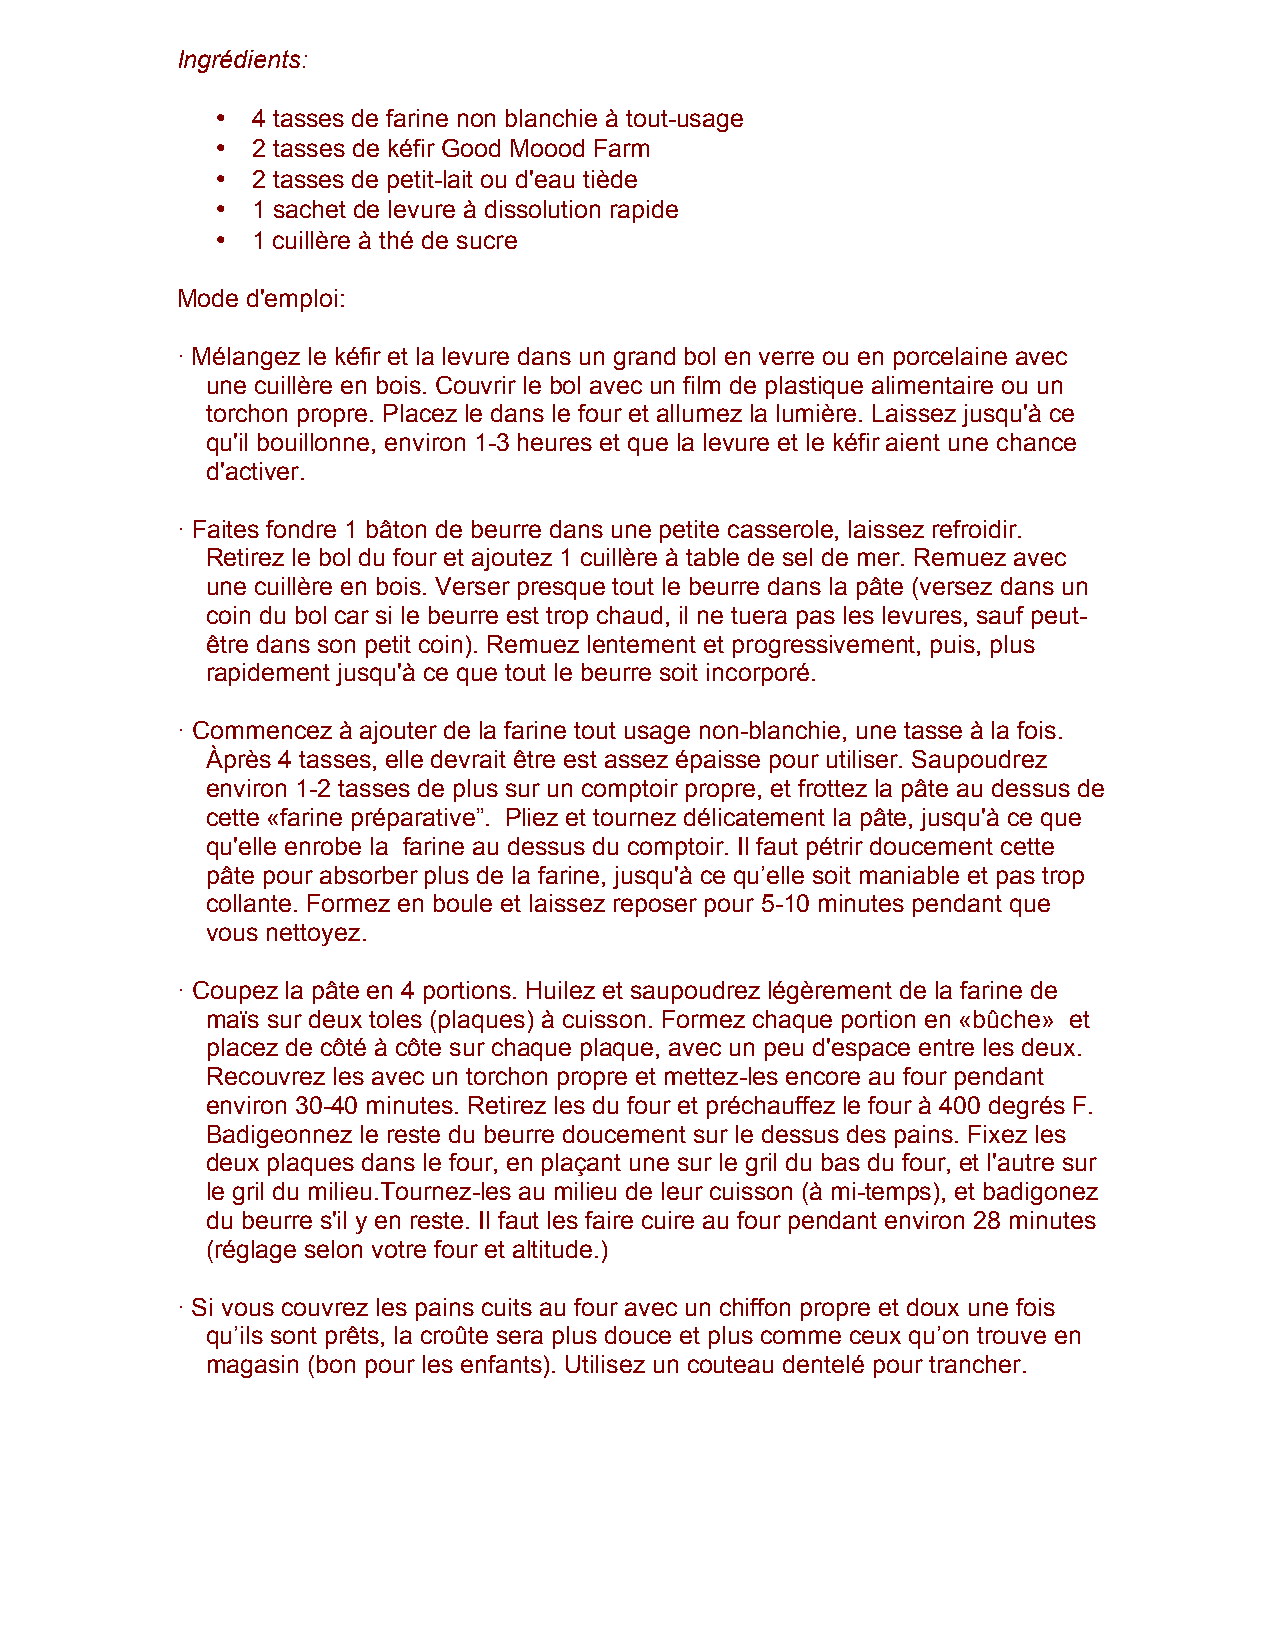
Ingrédients:
 •  4 tasses de farine non blanchie à tout-usage
 •  2 tasses de kéfir Good Moood Farm
 •  2 tasses de petit-lait ou d'eau tiède
 •  1 sachet de levure à dissolution rapide
 •  1 cuillère à thé de sucre
 Mode d'emploi:
 · Mélangez le kéfir et la levure dans un grand bol en verre ou en porcelaine avec
 une cuillère en bois. Couvrir le bol avec un film de plastique alimentaire ou un
 torchon propre. Placez le dans le four et allumez la lumière. Laissez jusqu'à ce
 qu'il bouillonne, environ 1-3 heures et que la levure et le kéfir aient une chance
 d'activer.
 · Faites fondre 1 bâton de beurre dans une petite casserole, laissez refroidir.
 Retirez le bol du four et ajoutez 1 cuillère à table de sel de mer. Remuez avec
 une cuillère en bois. Verser presque tout le beurre dans la pâte (versez dans un
 coin du bol car si le beurre est trop chaud, il ne tuera pas les levures, sauf peut-
 être dans son petit coin). Remuez lentement et progressivement, puis, plus
 rapidement jusqu'à ce que tout le beurre soit incorporé.
 · Commencez à ajouter de la farine tout usage non-blanchie, une tasse à la fois.
 Àprès 4 tasses, elle devrait être est assez épaisse pour utiliser. Saupoudrez
 environ 1-2 tasses de plus sur un comptoir propre, et frottez la pâte au dessus de
 cette «farine préparative”. Pliez et tournez délicatement la pâte, jusqu'à ce que
 qu'elle enrobe la farine au dessus du comptoir. Il faut pétrir doucement cette
 pâte pour absorber plus de la farine, jusqu'à ce qu’elle soit maniable et pas trop
 collante. Formez en boule et laissez reposer pour 5-10 minutes pendant que
 vous nettoyez.
 · Coupez la pâte en 4 portions. Huilez et saupoudrez légèrement de la farine de
 maïs sur deux toles (plaques) à cuisson. Formez chaque portion en «bûche» et
 placez de côté à côte sur chaque plaque, avec un peu d'espace entre les deux.
 Recouvrez les avec un torchon propre et mettez-les encore au four pendant
 environ 30-40 minutes. Retirez les du four et préchauffez le four à 400 degrés F.
 Badigeonnez le reste du beurre doucement sur le dessus des pains. Fixez les
 deux plaques dans le four, en plaçant une sur le gril du bas du four, et l'autre sur
 le gril du milieu.Tournez-les au milieu de leur cuisson (à mi-temps), et badigonez
 du beurre s'il y en reste. Il faut les faire cuire au four pendant environ 28 minutes
 (réglage selon votre four et altitude.)
 · Si vous couvrez les pains cuits au four avec un chiffon propre et doux une fois
 qu’ils sont prêts, la croûte sera plus douce et plus comme ceux qu’on trouve en
 magasin (bon pour les enfants). Utilisez un couteau dentelé pour trancher.